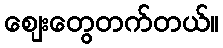
စျေးတွေတက်တယ်။